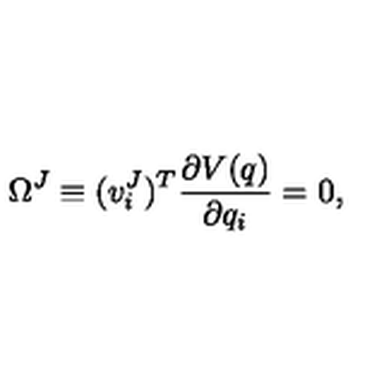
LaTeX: \Omega ^ { J } \equiv ( v _ { i } ^ { J } ) ^ { T } \frac { \partial V ( q ) } { \partial q _ { i } } = 0 ,